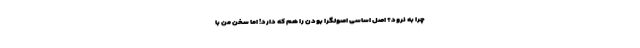
چرا به نرود؟ اصلِ اساسیِ اصولگرا بودن را هم که دارد! اما سخن من با